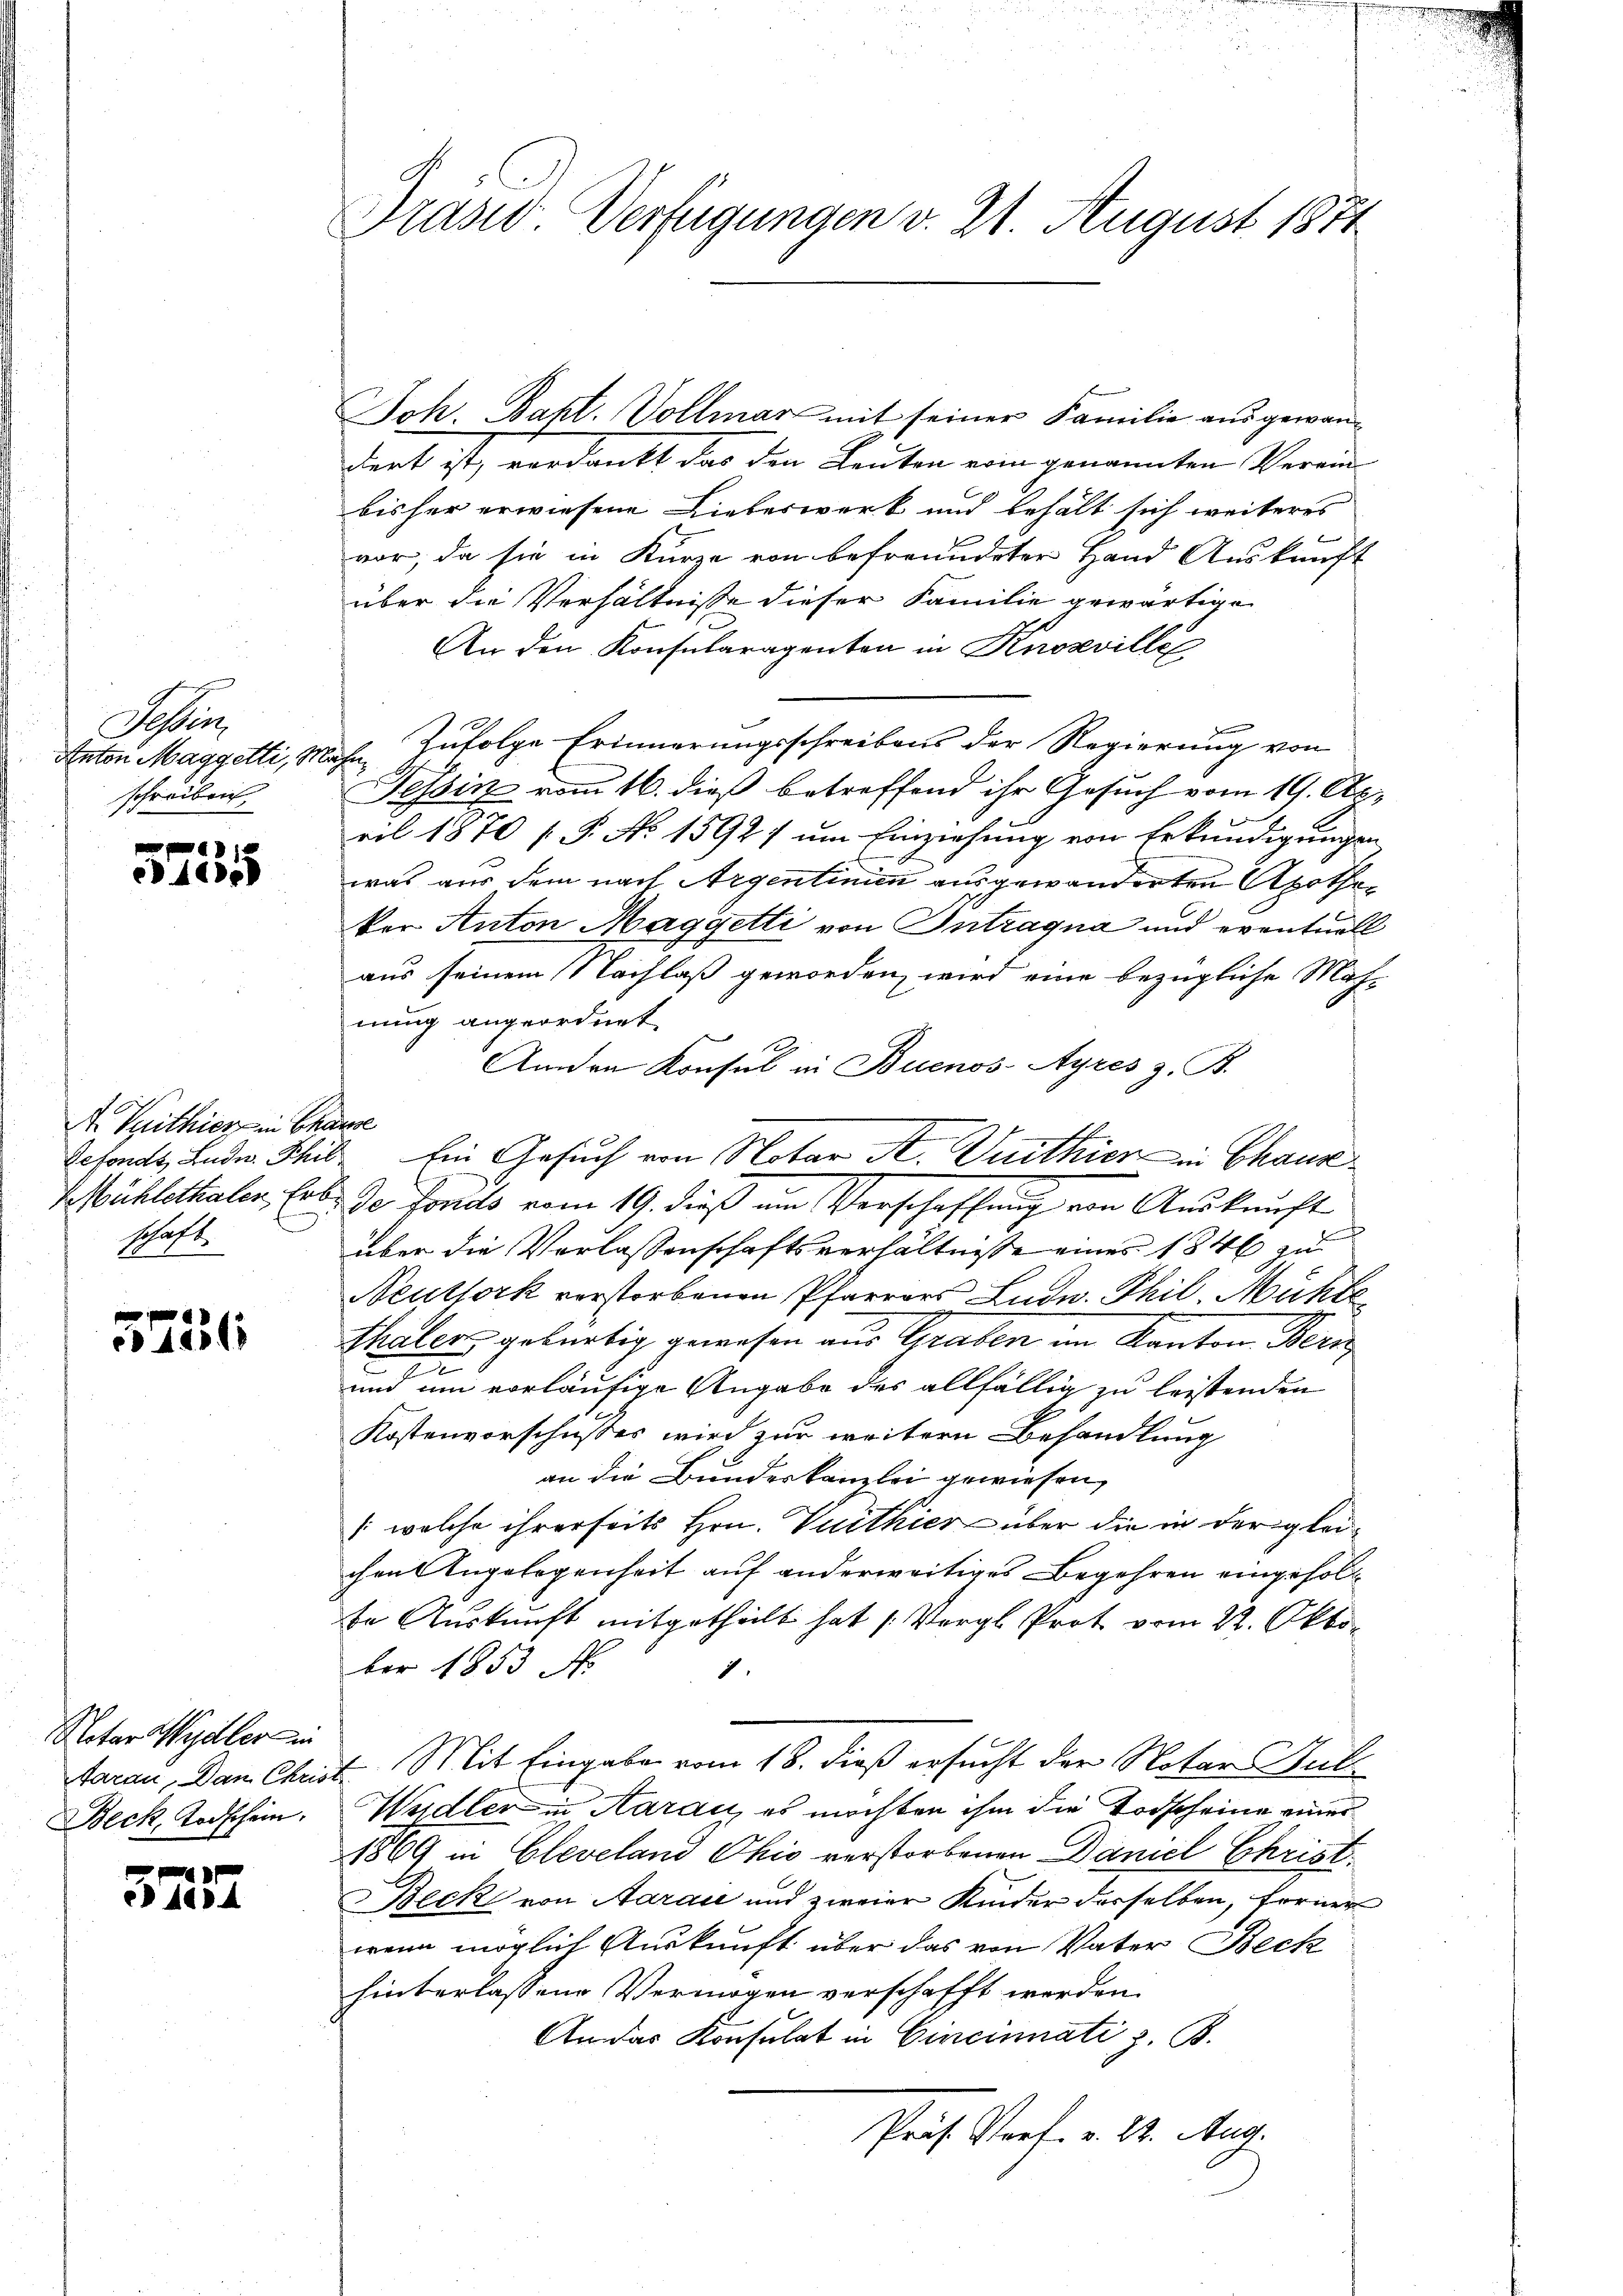
Schler
schreiben,

12
1

A Veithier in Chause
schaft.

44118

Notar Wydler in
Beck, Todschein.

e
e 1604

Präsid Verfügungen v. 21. August 1871

Joh. Bapt. Vollmar mit seiner Familie ausgewantent ist, verdankt das den Leuten ein genannten Verein-
bisher erwiesene Lieberwerk und behält sich weiteres
vor, da sie in Kurze von befreundeter Hand Auskunft
über die Verhältnisse dieser Familie gewärtigen
An den Konsularagenten in Knosville
Anton Maggetti, Mahn, zufolge Erinnerungsschreibens der Regierung von
Tessin vom 16. dieß betreffend ihr Gesuch vom 19. April 1870 [P. No 1592) um Einziehung von Erkundigungen
was aus dem nach Argentinie ausgewanderten Apotheker Anton Maggetti von Intragua und eventuell
aus seinem Nachlaß geworden, wird eine bezügliche Mahnung angeordnet
Amden Konsul in Buenos-Ayres z. B.
Mühlethaler, Erbe de fonds vom 19. dieß um Verschaffung von Auskunft
über die Verlassenschaftsverhältnisse eines 1846 zu
Neuthork verstorbenen Pfarrers Ludw. Phil, Mühle
Thaler gebürtig gewesen aus Graben im Kanton Bern
e
und um vorläufige Angabe des allfällig zu leistenden
Kostenvorschusses wird zur weitern Behandlung
an die Bundeskanzlei gewiesen,
1 welche ihrerseits Hrn. Vuithier über die in dergleichen Angelegenheit auf anderweitiges Begehren eingefolte Auskunft mitgetheilt hat (Vergl. Prot vom 22. Oktober 1853 f.
1
taran, Dan Christ. Mit Eingabe vom 18. dieß ersucht der Notar Hult
Wudler in Aarau, es möchten ihm die Todscheine einer
1869 in Cleveland Ohio verstorbenen Daniel Christ.
Beck von Aarau und zweier Kinder derselben, ferner
wenn möglich Auskunft über das von Vater Beck
hinterlassene Vermögen verschafft werden.
An das Konsulat in Cincinnati z. B.
Prof. Porf. v. 24. Aug.

defonds, ander Schil Ein Gesuch von Notar A. Wirthier in Chause